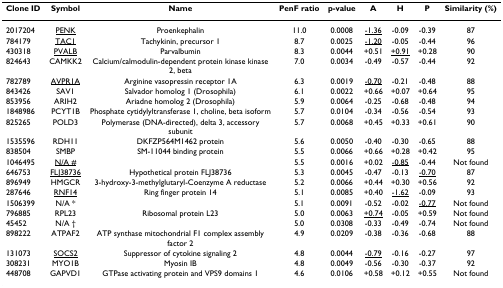
<table><thead><tr><td><b>Clone ID</b></td><td><b>Symbol</b></td><td><b>Name</b></td><td><b>PenF ratio</b></td><td><b>p-value</b></td><td><b>A</b></td><td><b>H</b></td><td><b>P</b></td><td><b>Similarity (%)</b></td></tr></thead><tbody><tr><td>2017204</td><td><underline>PENK</underline></td><td>Proenkephalin</td><td>11.0</td><td>0.0008</td><td><underline>-1.36</underline></td><td>-0.09</td><td>-0.39</td><td>87</td></tr><tr><td>784179</td><td><underline>TAC1</underline></td><td>Tachykinin, precursor 1</td><td>8.7</td><td>0.0025</td><td><underline>-1.20</underline></td><td>-0.05</td><td>-0.44</td><td>96</td></tr><tr><td>430318</td><td><underline>PVALB</underline></td><td>Parvalbumin</td><td>8.3</td><td>0.0044</td><td>+0.51</td><td><underline>+0.91</underline></td><td>+0.28</td><td>90</td></tr><tr><td>824643</td><td>CAMKK2</td><td>Calcium/calmodulin-dependent protein kinase kinase 2, beta</td><td>7.0</td><td>0.0034</td><td>-0.49</td><td>-0.57</td><td>-0.44</td><td>92</td></tr><tr><td>782789</td><td><underline>AVPR1A</underline></td><td>Arginine vasopressin receptor 1A</td><td>6.3</td><td>0.0019</td><td><underline>-0.70</underline></td><td>-0.21</td><td>-0.48</td><td>88</td></tr><tr><td>843426</td><td>SAV1</td><td>Salvador homolog 1 (Drosophila)</td><td>6.1</td><td>0.0022</td><td>+0.66</td><td>+0.07</td><td>+0.64</td><td>95</td></tr><tr><td>853956</td><td>ARIH2</td><td>Ariadne homolog 2 (Drosophila)</td><td>5.9</td><td>0.0064</td><td>-0.25</td><td>-0.68</td><td>-0.48</td><td>94</td></tr><tr><td>1848986</td><td>PCYT1B</td><td>Phosphate cytidylyltransferase 1, choline, beta isoform</td><td>5.7</td><td>0.0104</td><td>-0.34</td><td>-0.56</td><td>-0.54</td><td>93</td></tr><tr><td>825265</td><td>POLD3</td><td>Polymerase (DNA-directed), delta 3, accessory subunit</td><td>5.7</td><td>0.0068</td><td>+0.45</td><td>+0.33</td><td>+0.61</td><td>90</td></tr><tr><td>1535596</td><td>RDH11</td><td>DKFZP564M1462 protein</td><td>5.6</td><td>0.0050</td><td>-0.40</td><td>-0.30</td><td>-0.65</td><td>88</td></tr><tr><td>838504</td><td>SMBP</td><td>SM-11044 binding protein</td><td>5.5</td><td>0.0066</td><td>+0.66</td><td>+0.28</td><td>+0.42</td><td>95</td></tr><tr><td>1046495</td><td><underline>N/A #</underline></td><td></td><td>5.5</td><td>0.0016</td><td>+0.02</td><td><underline>-0.85</underline></td><td>-0.44</td><td>Not found</td></tr><tr><td>646753</td><td><underline>FLJ38736</underline></td><td>Hypothetical protein FLJ38736</td><td>5.3</td><td>0.0045</td><td>-0.47</td><td>-0.13</td><td><underline>-0.70</underline></td><td>87</td></tr><tr><td>896949</td><td>HMGCR</td><td>3-hydroxy-3-methylglutaryl-Coenzyme A reductase</td><td>5.2</td><td>0.0066</td><td>+0.44</td><td>+0.30</td><td>+0.56</td><td>92</td></tr><tr><td>287646</td><td><underline>RNF14</underline></td><td>Ring finger protein 14</td><td>5.1</td><td>0.0085</td><td>+0.40</td><td><underline>-1.62</underline></td><td>-0.09</td><td>93</td></tr><tr><td>1506399</td><td>N/A *</td><td></td><td>5.1</td><td>0.0091</td><td>-0.52</td><td>-0.02</td><td><underline>-0.77</underline></td><td>Not found</td></tr><tr><td>796885</td><td>RPL23</td><td>Ribosomal protein L23</td><td>5.0</td><td>0.0063</td><td><underline>+0.74</underline></td><td>-0.05</td><td>+0.59</td><td>Not found</td></tr><tr><td>45452</td><td>N/A †</td><td></td><td>5.0</td><td>0.0308</td><td>-0.33</td><td>-0.49</td><td>-0.74</td><td>Not found</td></tr><tr><td>898222</td><td>ATPAF2</td><td>ATP synthase mitochondrial F1 complex assembly factor 2</td><td>4.9</td><td>0.0209</td><td>-0.38</td><td>-0.36</td><td>-0.68</td><td>88</td></tr><tr><td>131073</td><td><underline>SOCS2</underline></td><td>Suppressor of cytokine signaling 2</td><td>4.8</td><td>0.0044</td><td><underline>-0.79</underline></td><td>-0.16</td><td>-0.27</td><td>97</td></tr><tr><td>308231</td><td>MYO1B</td><td>Myosin IB</td><td>4.8</td><td>0.0049</td><td>-0.56</td><td>-0.30</td><td>-0.37</td><td>92</td></tr><tr><td>448708</td><td>GAPVD1</td><td>GTPase activating protein and VPS9 domains 1</td><td>4.6</td><td>0.0106</td><td>+0.58</td><td>+0.12</td><td>+0.55</td><td>Not found</td></tr></tbody></table>